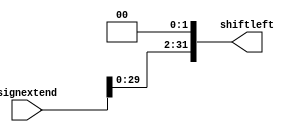
`timescale 1ns/1ns
module shiftleft (
    input [31:0]signextend,
    output [31:0]shiftleft
);
    
assign shiftleft = signextend << 2;


endmodule